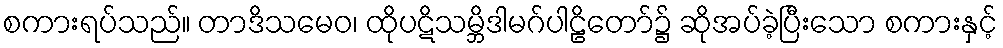
စကားရပ်သည်။ တာဒိသမေဝ၊ ထိုပဋိသမ္ဘိဒါမဂ်ပါဠိတော်၌ ဆိုအပ်ခဲ့ပြီးသော စကားနှင့်